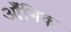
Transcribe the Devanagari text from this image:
आँगिक